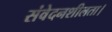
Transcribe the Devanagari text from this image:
संवेदनशीलता।